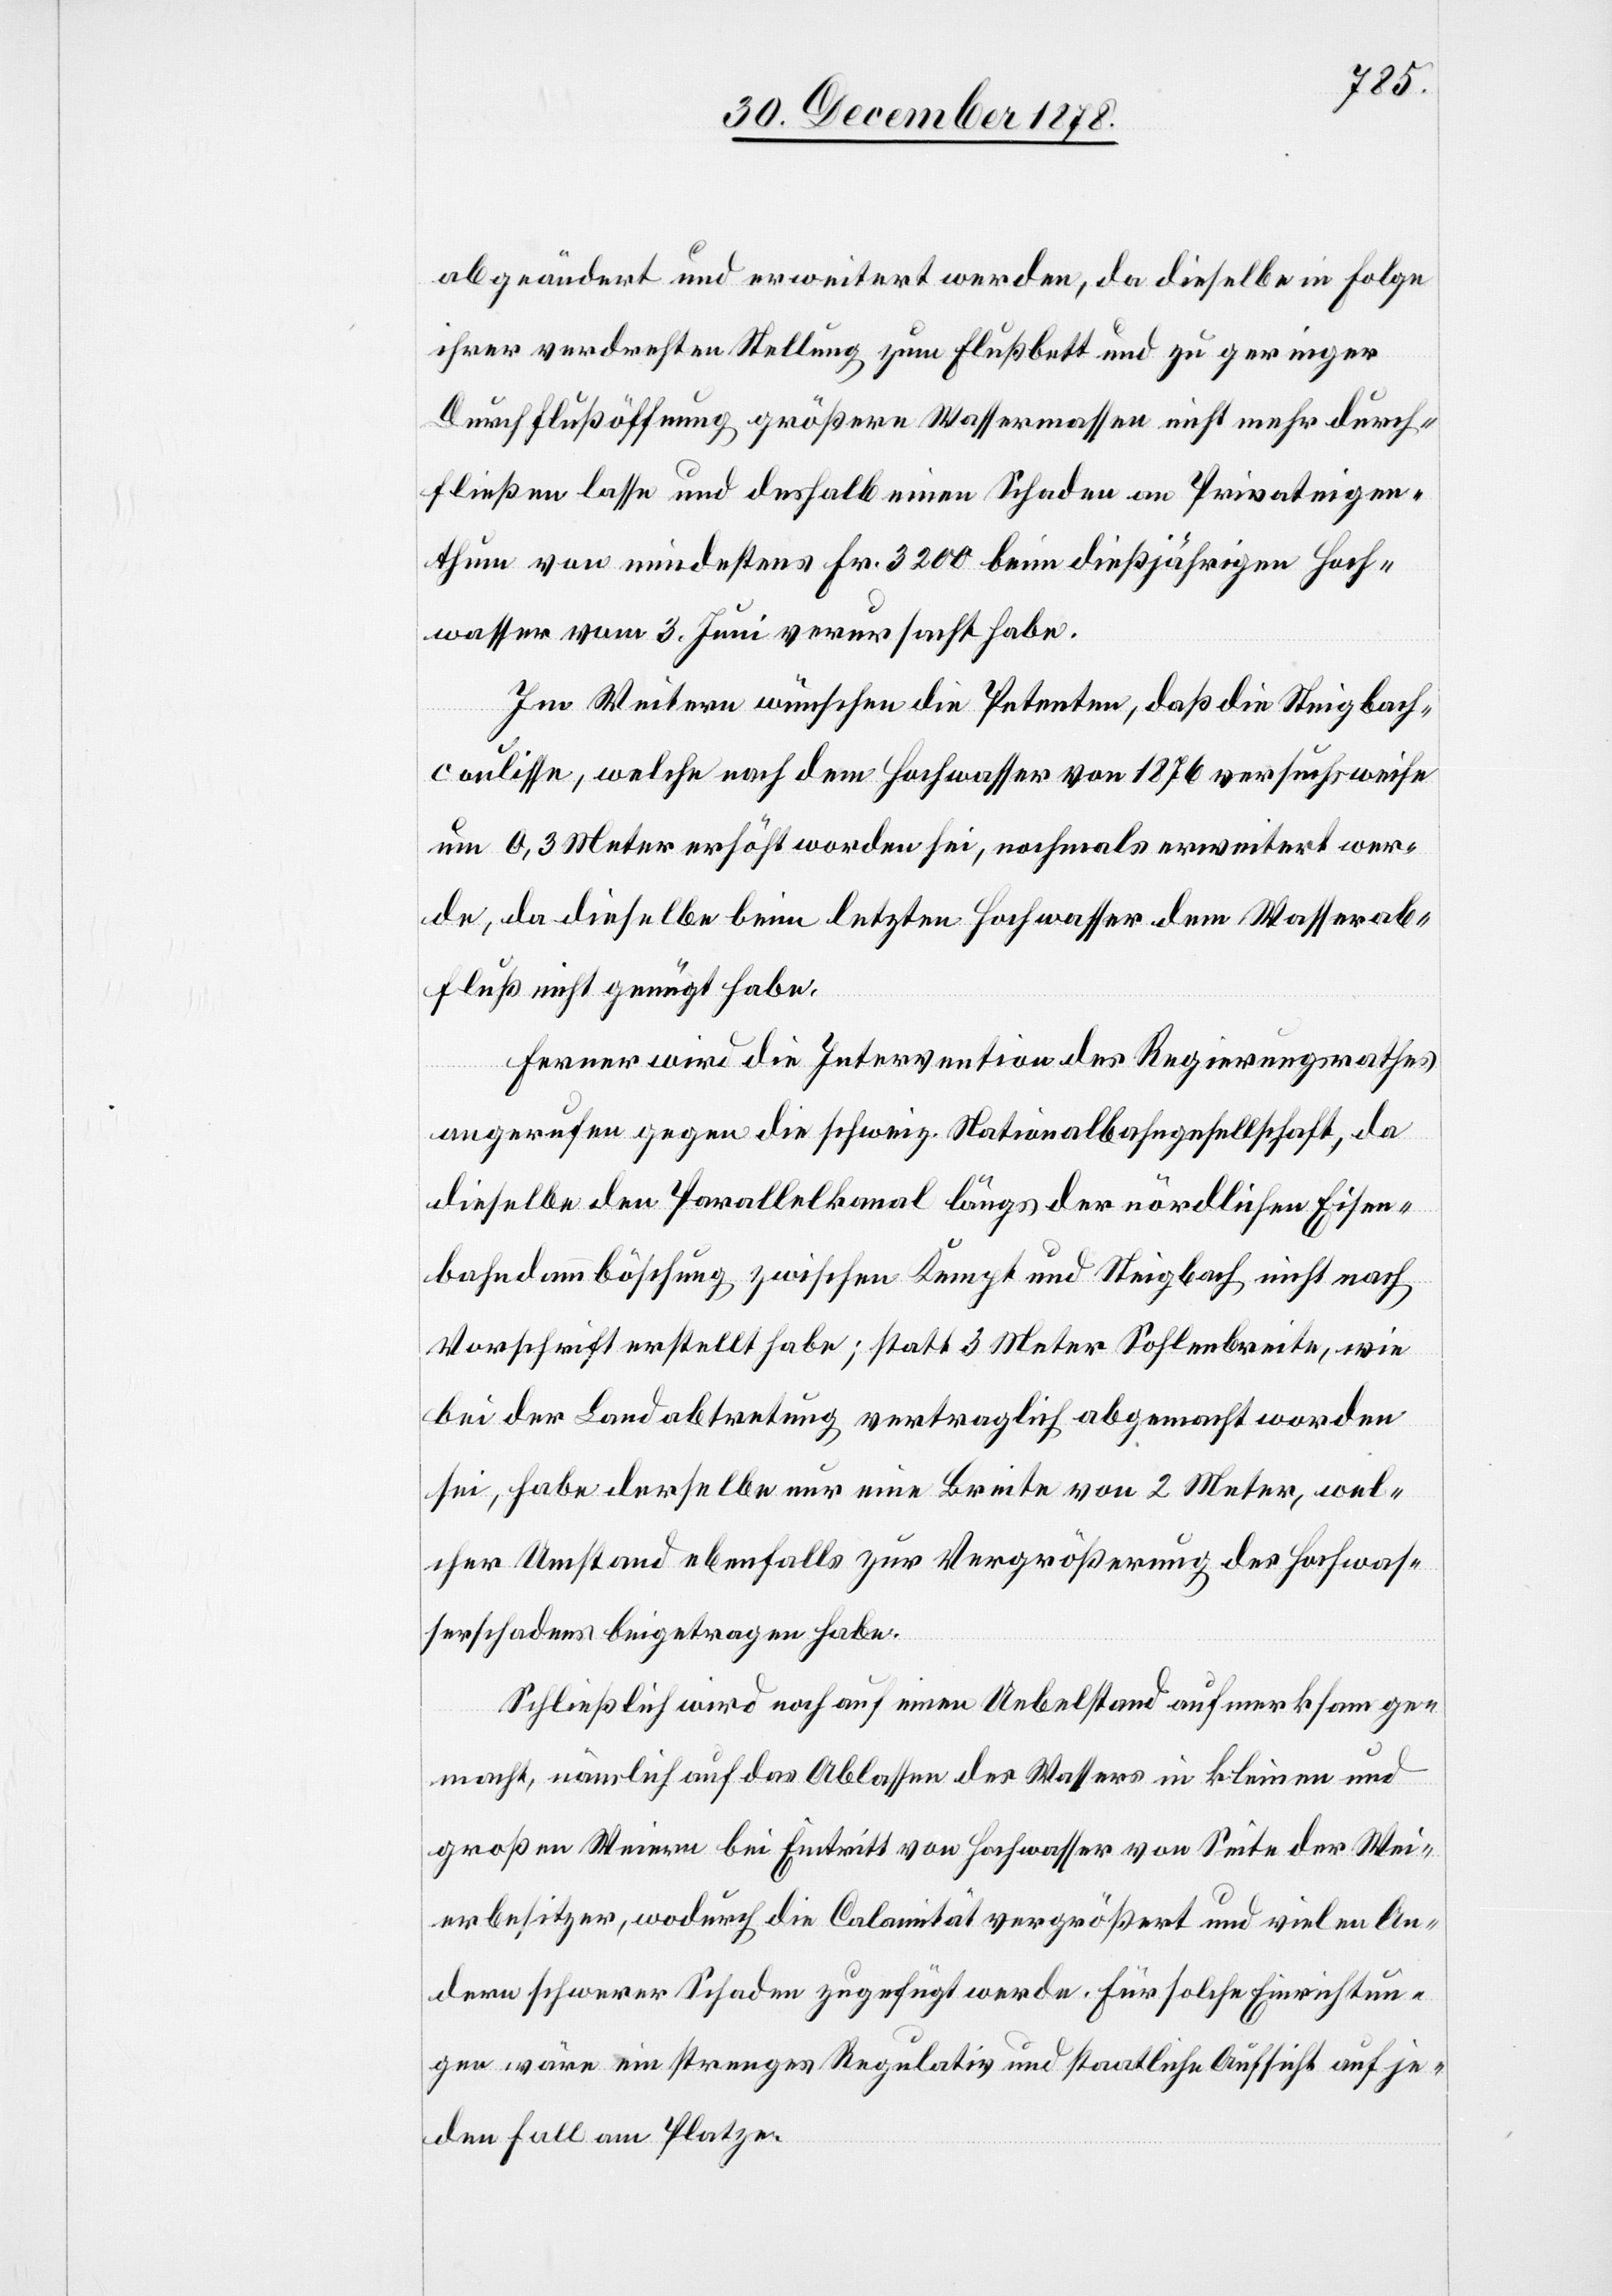
abgeändert und erweitert werden, da dieselbe in Folge
ihrer verdrehten Stellung zum Flussbett und zu geringer
Durchflußöffnung größere Wassermassen nicht mehr durch¬
fließen lasse und deshalb einen Schaden an Privateigen¬
thum von mindestens Fr. 3200 beim dießjährigen Hoch¬
wasser vom 3. Juni verursacht habe.
Im Weitern wünschen die Petenten, daß die Steigbach¬
coulisse, welche nach dem Hochwasser von 1876 versuchsweise
um 0,3 Meter erhöht worden sei, nochmals erweitert wer¬
de, da dieselbe beim letzten Hochwasser dem Wasserab¬
fluß nicht genügt habe.
Ferner wird die Intervention des Regierungsrathes
angerufen gegen die schweiz. Nationalbahngesellschaft, da
dieselbe den Parallelkanal längs der nördlichen Eisen¬
bahndammböschung zwischen Kempt und Steigbach nicht nach
Vorschrift erstellt habe; statt 3 Meter Sohlenbreite, wie
bei der Landabtretung vertraglich abgemacht worden
sei, habe derselbe nur eine Breite von 2 Meter, wel¬
cher Umstand ebenfalls zur Vergrößerung des Hochwas¬
serschadens beigetragen habe.
Schließlich wird noch auf einen Uebelstand aufmerksam ge¬
macht, nämlich auf das Ablassen des Wassers in kleinen und
großen Weiern bei Eintritt von Hochwasser von Seite der Wei¬
erbesitzer, wodurch die Calamität vergrößert und vielen An¬
dern schweren Schaden zugefügt werde. Für solche Einrichtun¬
gen wäre ein strenges Regulativ und staatliche Aufsicht auf je¬
den Fall am Platze.